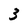
Character: 3